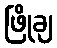
ဖြိုချ